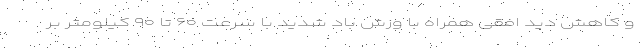
و کاهش دید افقی همراه با وزش باد شدید با سرعت ۶۰ تا ۹۰ کیلومتر بر